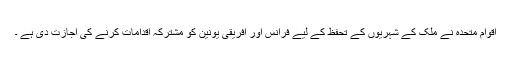
اقوام متحدہ نے ملک کے شہریوں کے تحفظ کے لیے فرانس اور افریقی یونین کو مشترکہ اقدامات کرنے کی اجازت دی ہے ۔